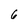
Character: 6